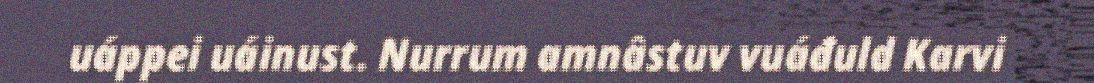
uáppei uáinust. Nurrum amnâstuv vuáđuld Karvi